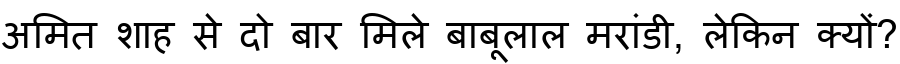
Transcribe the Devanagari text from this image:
अमित शाह से दो बार मिले बाबूलाल मरांडी, लेकिन क्यों?